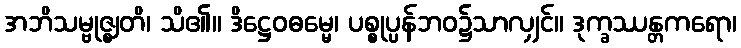
အဘိသမ္ဗုဇ္ဈတိ၊ သိ၏။ ဒိဋ္ဌေဝဓမ္မေ၊ ပစ္စုပ္ပန်ဘဝ၌သာလျှင်။ ဒုက္ခဿန္တကရော၊